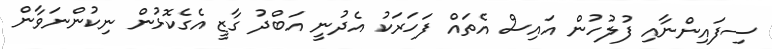
ސިފައިންނާއި ފުލުހުން އައިސް އެތައް ފަހަރަކު އެދުނީ އަބްދު ގާޒީ އެގެކޮޅުން ނިކުންނަވާން